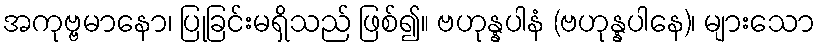
အကုဗ္ဗမာနော၊ ပြုခြင်းမရှိသည် ဖြစ်၍။ ဗဟုန္နပါနံ (ဗဟုန္နပါနေ)၊ များသော